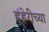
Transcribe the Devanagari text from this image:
हंहेरीच्या